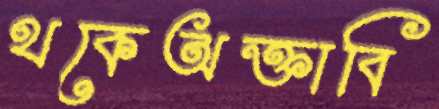
থকেঅক্তাবি